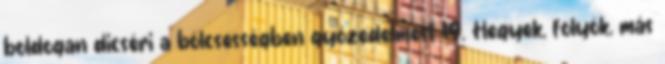
boldogan dicséri a bölcsességben győzedelmest 19. Hegyek, folyók, más